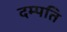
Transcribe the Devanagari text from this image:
दम्‍पति